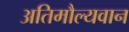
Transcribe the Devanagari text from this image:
अतिमौल्यवान